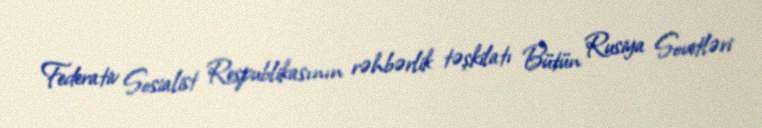
Federativ Sosialist Respublikasının rəhbərlik təşkilatı Bütün Rusiya Sovetləri